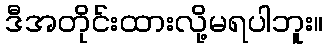
ဒီအတိုင်းထားလို့မရပါဘူး။